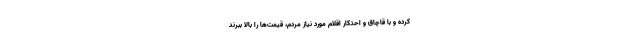
کرده و با قاچاق و احتکار اقلام مورد نیاز مردم، قیمت‌ها را بالا ببرند